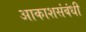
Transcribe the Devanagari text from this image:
आकाशसंबंधी